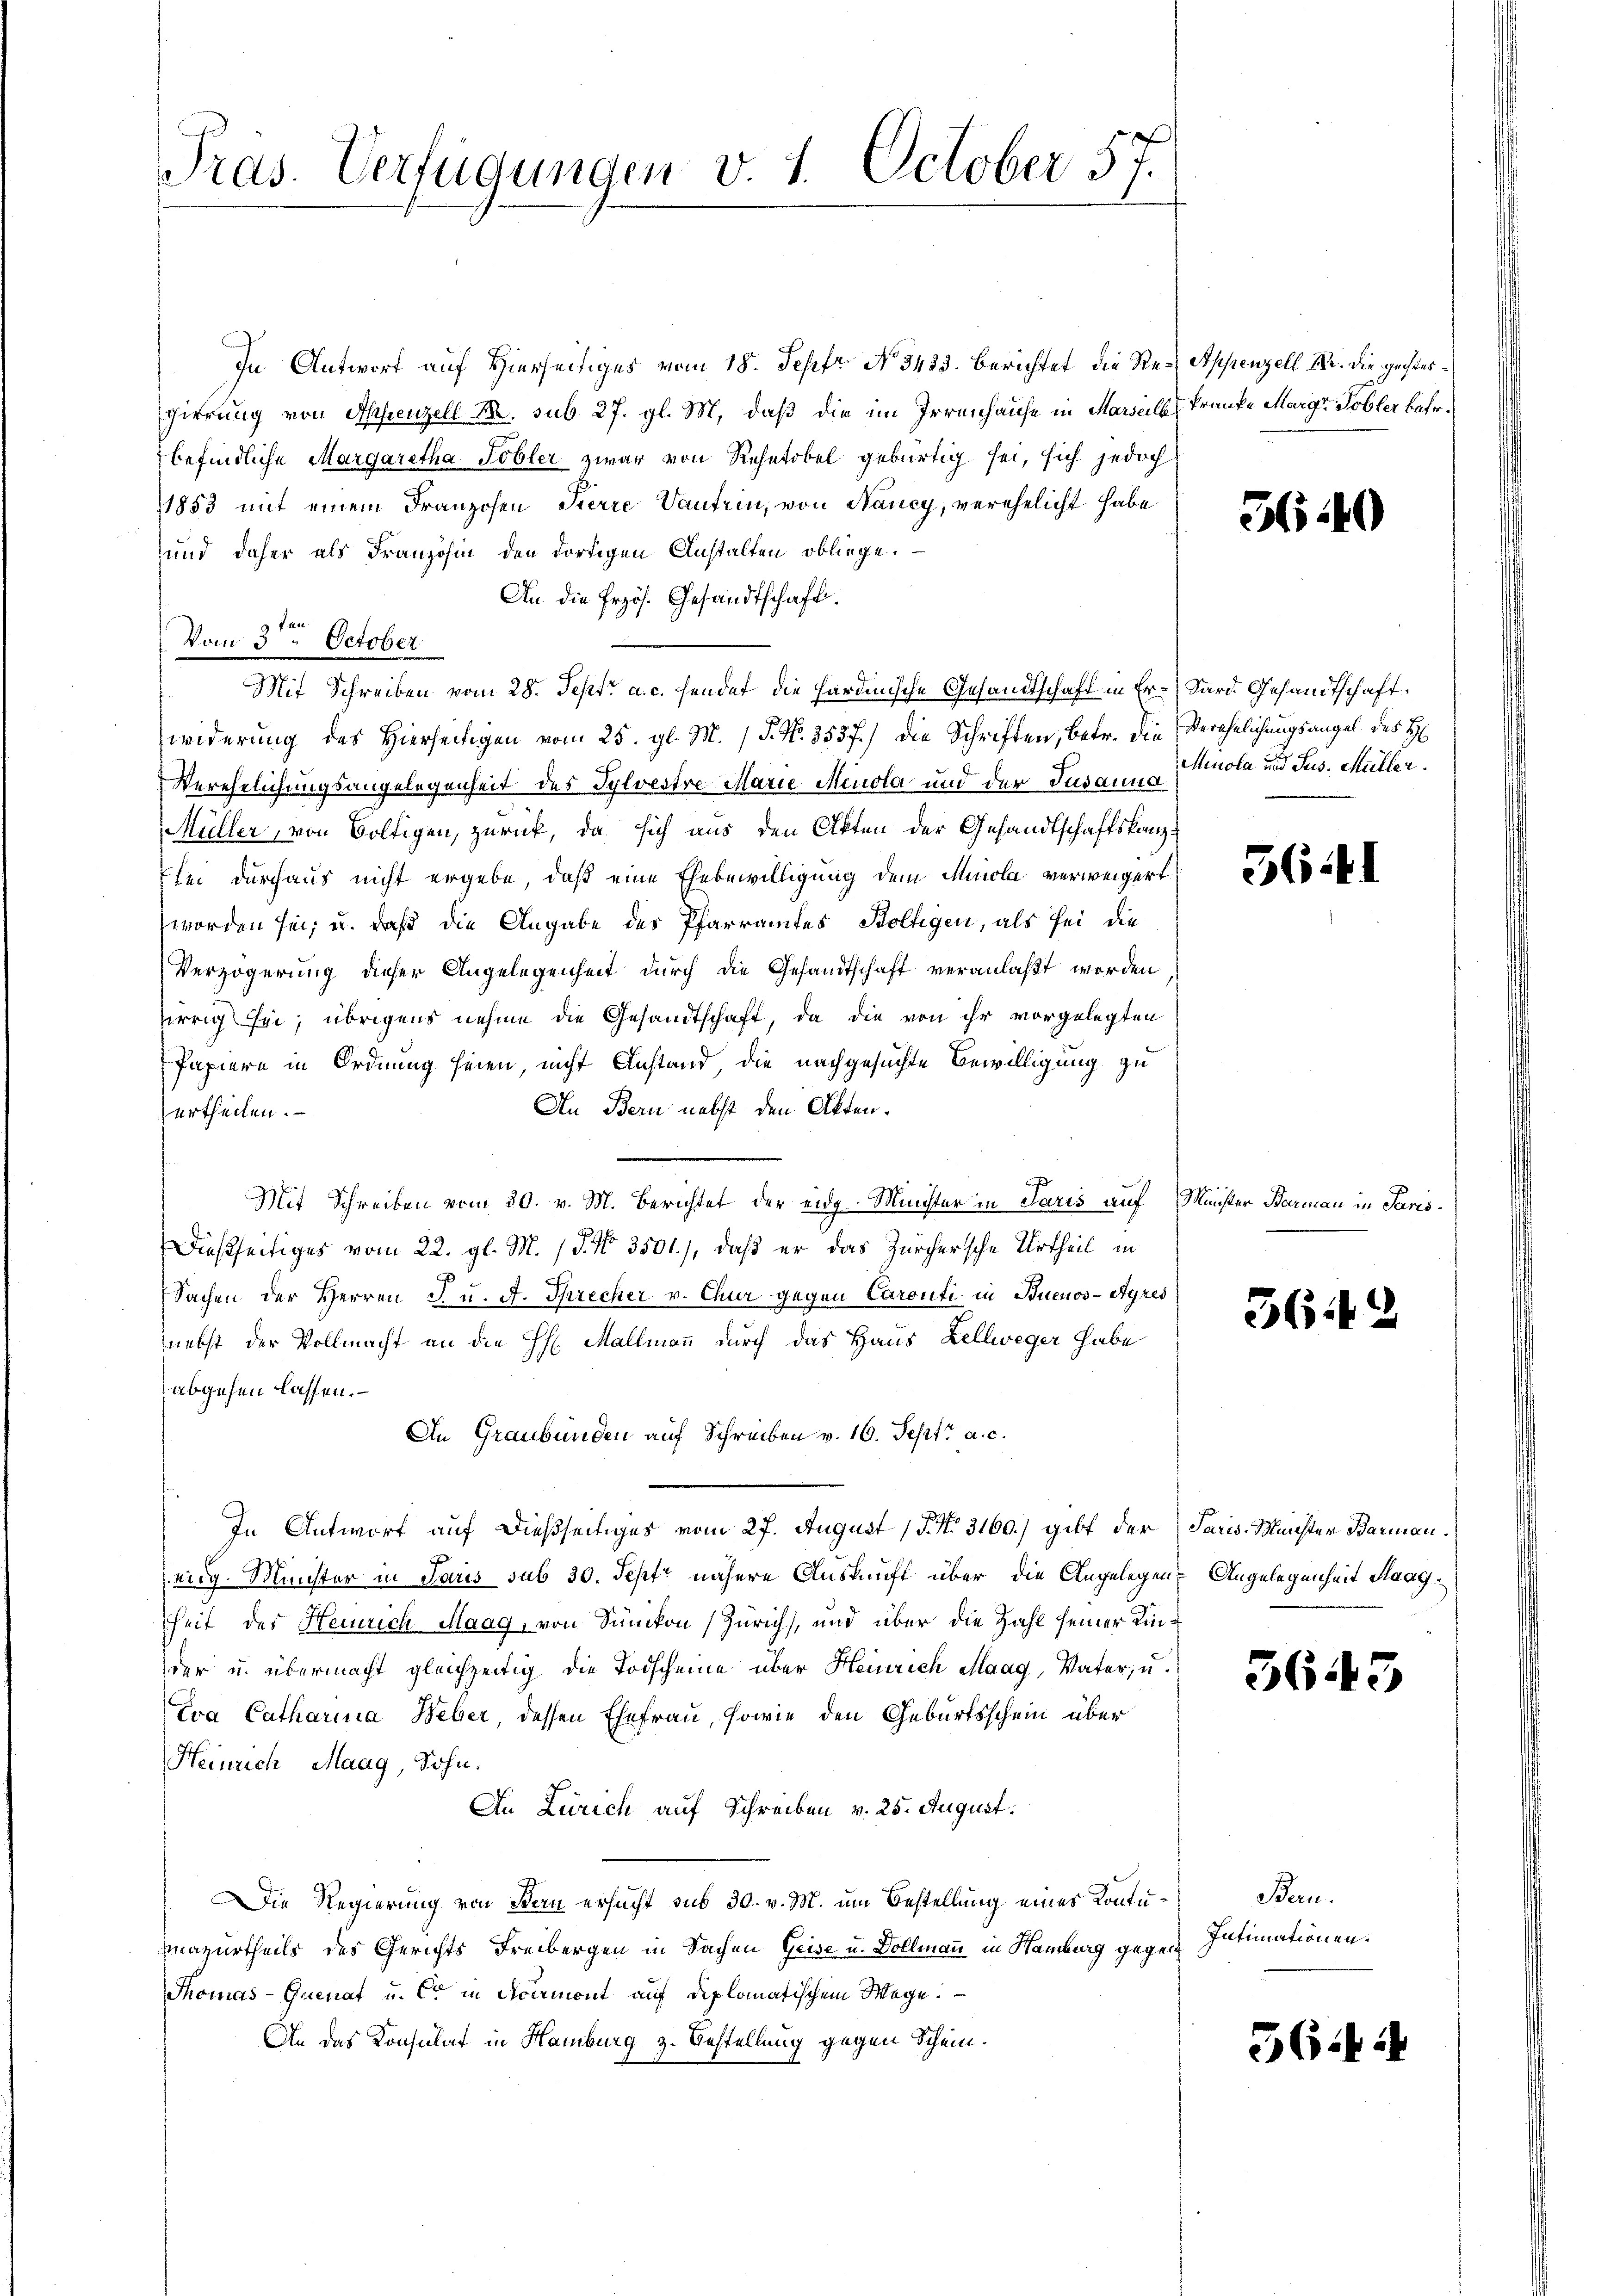
Tras. Verfügungen v. 1. October 57.

In Antwort auf Hierseitiges vom 18. Sept No. 3433. berichtet die Re-Appenzell Sr. Die Hechtergierung von Appenzell M. sub. 27. gl. M. daß die im Irrenhause in Marseils, Fraue Margr Tobler betr.
befindliche Margaretha Tobler zwar von Rehetobel gebürtig sei, sich jedoch
1853 mit einem Franzosen Pierre Santrin, von Nancy, verehelicht habe
und daher als Französin den dortigen Anstalten obliege.
An die Erzös. Gesandtschaft,
a Fact.
Vom 5. October
Mit Schreiben vom 28. Sept. a. c. sendet die Hardmische Gesandtschaft in Er- Sard Gesandtschaft
widerung des Hierseitigen vom 25. gl. M. / P. Nr. 3537.) die Schriften, betr. die Verehelichungsangel des H
Verehelichungsangelegenheit des Sylvestre Marie Minola und der Susannola und Jus. Müller.
Müller, von Voltigen, zurück, da sich aus den Akten der Gesandtschaftskanzlei durchaus nicht ergebe, daß eine Ehebewilligung dem Minola verweigert
worden sei, u. daß die Angabe des Pfarramtes Boltigen, als sei die
Verzögerung dieser Angelegenheit durch die Gesandtschaft veranlaßt worden
irrig sei; übrigens nehme die Gesandtschaft, da die von ihr vorgelegten
Papiere in Ordnung seien, nicht Anstand die nachgesuchte Bewilligung zu
An Bern nebst den Akten.
urtheilen.
Mit Schreiben vom 30. v. M. Berichtet der eidg. Minister in Paris auf Minister Barmann in Paris¬
Dießseitiges vom 22. gl. M. P. Nr. 3501), daß er das Zürchersche Urtheil in
.
Sachen der Herren I. u. A. Sprecher v. Chur gegen Carouti, in Buenos-Ayres
nebst der Vollmacht an die H: Mallmann durch das Haus Zellweger habe
abgehen lassen.
An Graubünden auf Schreiben v. 16. Sept. a. c.
In Antwort auf dießseitiges vom 27. August 15. No. 3160.) gibt der Paris. Meister Barmaneig. Minister in Paris sub 30. Sept. nähere Auskunft über die Angelegen Angelegenheit Saag
sheit der Heinrich Maag, von Sünikon (Zürich, und über die Zahl seiner Einder u. übermacht gleichzeitig die Todscheine über Heinrich Maag, Vater, u.
Eva Catharina Weber, dessen Ehefrau, sowie den Geburtsschein über
Heinrich Maag, Sohn.
An Zürich auf Schreiben v. 25. August.
Die Regierung von Bern ersucht sub 30. v. M. um Bestellung eines Kontumazurtheils des Gerichts Freibergen in Sachen Geise u. Dollmann in Hamburg gegen Intimationen.
Thomas-Quenat u. Cet in Accemont auf diplomatischem Wege.
An das Konsulat in Hamburg z. Bestellung gegen Schein.

3.40

5641

36

2

3645

Bern.

564

2